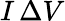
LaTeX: I\, \Delta V